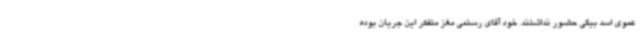
عموی اسد بیگی حضور نداشتند. خود آقای رستمی مغز متفکر این جریان بوده